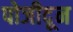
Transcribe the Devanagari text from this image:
पोजीदून